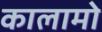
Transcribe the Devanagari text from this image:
कालामो